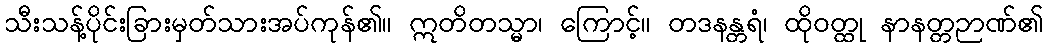
သီးသန့်ပိုင်းခြားမှတ်သားအပ်ကုန်၏။ ဣတိတသ္မာ၊ ကြောင့်။ တဒနန္တရံ၊ ထိုဝတ္ထု နာနတ္တဉာဏ်၏